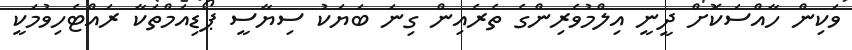
ވަކިން ހާއްސަކޮށް ދީނީ އިލްމުވެރިންގެ ތެރެއިން ގިނަ ބަޔަކު ސިޔާސީ ޕޯޑިއަމްތަކާ ރައްޓެހިވުމަކީ